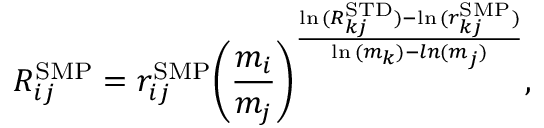
R _ { i j } ^ { \mathrm { { S M P } } } = r _ { i j } ^ { \mathrm { { S M P } } } { \left( \frac { m _ { i } } { m _ { j } } \right) } ^ { \frac { \ln { ( R _ { k j } ^ { \mathrm { { S T D } } } ) } - \ln { ( r _ { k j } ^ { \mathrm { { S M P } } } ) } } { \ln { ( m _ { k } ) } - l n { ( m _ { j } ) } } } ,